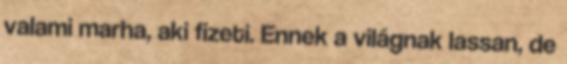
valami marha, aki fizeti. Ennek a világnak lassan, de